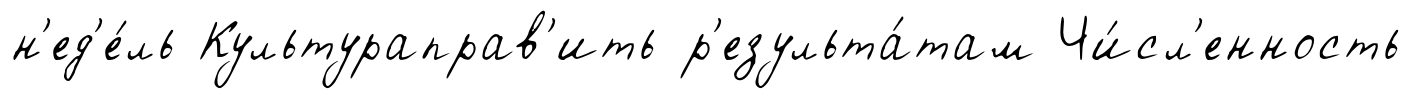
н'ед'е́ль Культураправ'ить р'езульта́там Чи́сл'енность